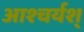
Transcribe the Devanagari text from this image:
आश्चर्यश्